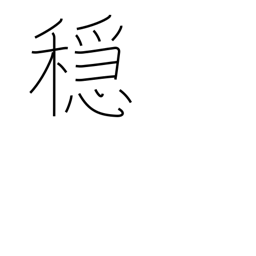
Meaning: moderation